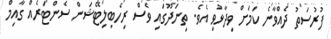
ފުރުސަތު ދެއްވާނެ ކަމަށް ވިދާޅުވި އެވެ. ތިނަދޫގައި ވެސް ރިހެބިލިޓޭޝަން ސެންޓަރެއް ގާއިމް